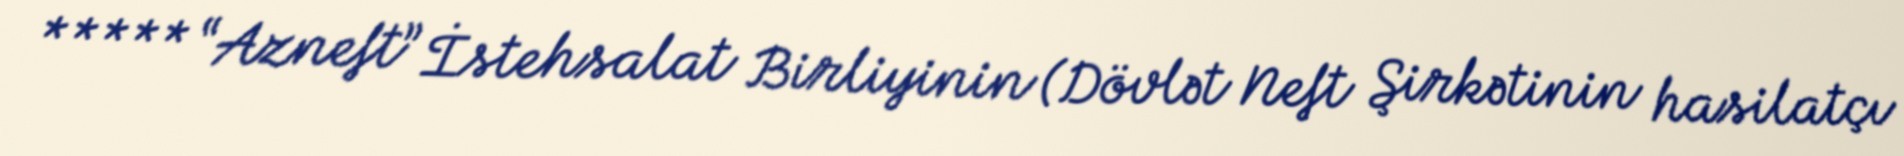
***** “Azneft” İstehsalat Birliyinin (Dövlət Neft Şirkətinin hasilatçı